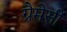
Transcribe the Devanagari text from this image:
ग्रैमेर्सी